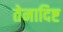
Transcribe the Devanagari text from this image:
तेनादिष्ट